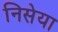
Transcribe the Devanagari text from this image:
निसेया